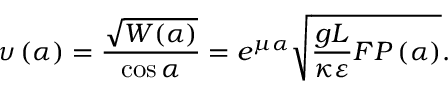
\upsilon \left( \alpha \right) = \frac { \sqrt { W ( \alpha ) } } { \cos \alpha } = e ^ { \mu \alpha } \sqrt { \frac { g L } { \kappa \varepsilon } F P \left( \alpha \right) } .